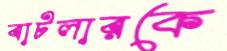
বাটলারকে